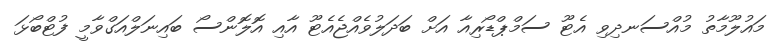
މައުލޫމާތު މުއްސަނދިވި އެޓޫ ސަމްޕްޑޯރިއާ އަށް ބަދަލުވެއްޖެއެޓޫ އާއި އޮލޮންސޯ ބައިނަލްއަގްވާމީ ފުޓްބޯޅަ